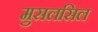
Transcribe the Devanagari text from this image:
मुसलसिल